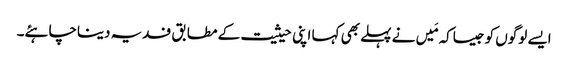
ایسے لوگوں کو جیساکہ مَیں نے پہلے بھی کہا اپنی حیثیت کے مطابق فدیہ دیناچاہئے۔